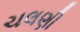
ચલણી